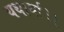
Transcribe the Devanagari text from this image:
यथार्था।।